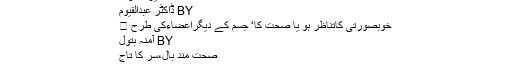
میرے او�
BY ڈاکٹر عبدالقیوم
خوبصورتی کاتناظر ہو یا صحت کا‘ جسم کے دیگراعضاءکی طرح �
BY آمنہ بتول
صحت مند بال،سر کا تاج
زمانہ قدیم ہو جدید‘ یہ بات اپنی جگہ ہمیشہ مسلم رہی �